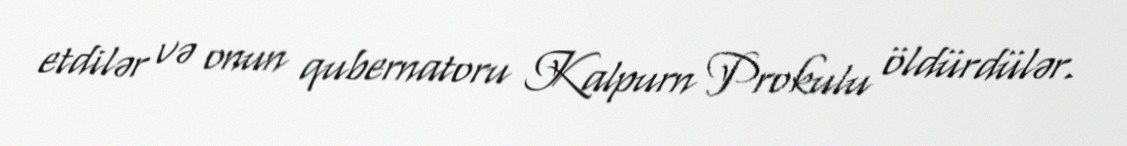
etdilər və onun qubernatoru Kalpurn Prokulu öldürdülər.